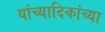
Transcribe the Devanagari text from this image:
यांच्यादिकांच्या